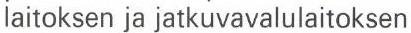
laitoksen ja jatkuvavalulaitoksen